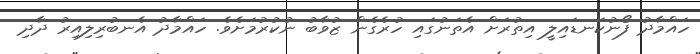
ހައްމާދު ފޯނުކަނޑައިލީ އިތުރަށް އެތަނުގައި ހުރެގެން ޒުވާބު ނުކުރުމަށެވެ. ހައްމާދު އެނބުރިލިއިރު ދާދި